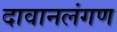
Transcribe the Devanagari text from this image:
दावानलंगण